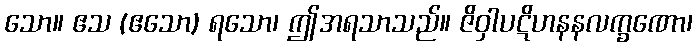
သော။ ဧသ (ဧသော) ရသော၊ ဤအရသာသည်။ ဇိဝှါပဋိဟနနလက္ခဏော၊